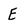
Character: E